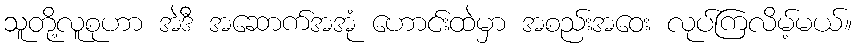
သူတို့လူစုဟာ အဲဒီ အဆောက်အအုံ ဟောင်းထဲမှာ အစည်းအဝေး လုပ်ကြလိမ့်မယ်။